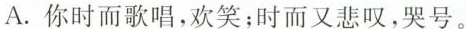
A.你时而歌唱，欢笑；时而又悲叹，哭号。